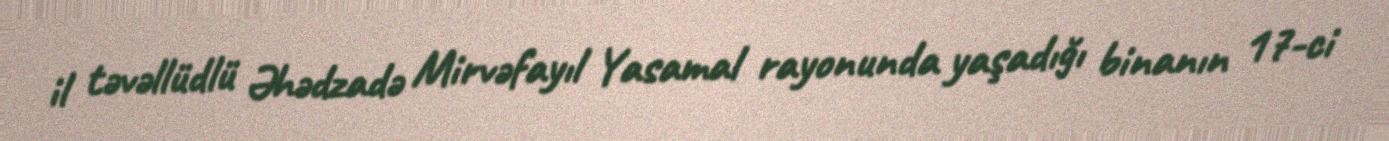
il təvəllüdlü Əhədzadə Mirvəfayıl Yasamal rayonunda yaşadığı binanın 17-ci